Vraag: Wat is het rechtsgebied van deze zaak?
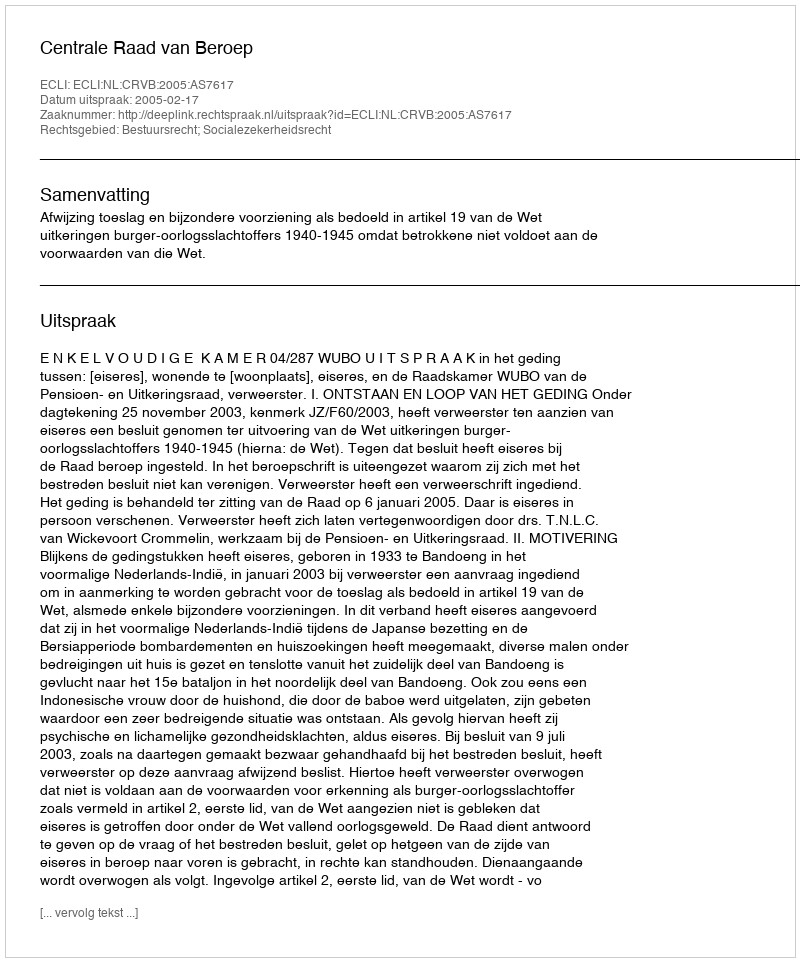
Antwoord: Bestuursrecht; Socialezekerheidsrecht